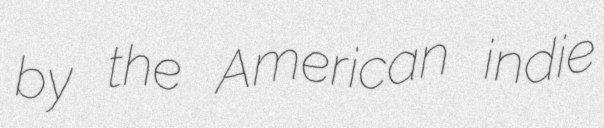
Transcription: by the American indie